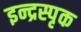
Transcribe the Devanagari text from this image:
इन्द्रस्पृक